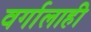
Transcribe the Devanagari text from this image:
वर्गालाही